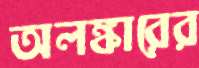
অলঙ্কারের